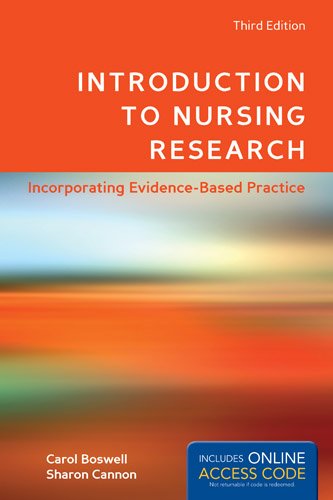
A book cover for Introduction To Nursing Research: Incorporating Evidence-Based Practice; Carol Boswell; Medical Books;